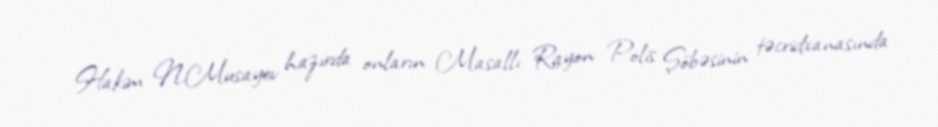
Hakim N.Musayev hazırda onların Masallı Rayon Polis Şöbəsinin təcridxanasında